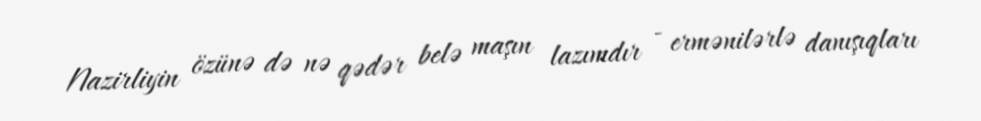
Nazirliyin özünə də nə qədər belə maşın lazımdır - ermənilərlə danışıqları